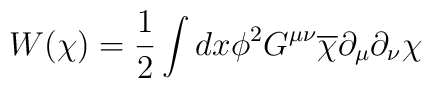
W(\chi)=\frac{1}{2}\int dx\phi^{2}G^{\mu\nu}\overline{\chi}\partial_{\mu}\partial_{\nu}\chi